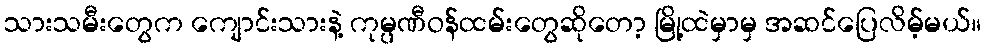
သားသမီးတွေက ကျောင်းသားနဲ့ ကုမ္ပဏီဝန်ထမ်းတွေဆိုတော့ မြို့ထဲမှာမှ အဆင်ပြေလိမ့်မယ်။